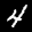
Label: 4